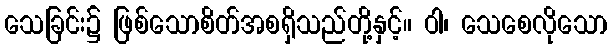
သေခြင်း၌ ဖြစ်သောစိတ်အစရှိသည်တို့နှင့်။ ဝါ၊ သေစေလိုသော